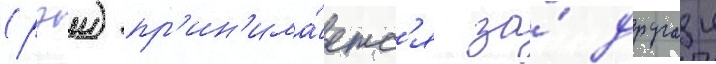
(рэи) пр'ин'има́етс'я за́ другои